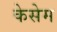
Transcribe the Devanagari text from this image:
केसेम